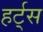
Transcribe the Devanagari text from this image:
हर्ट्‌स